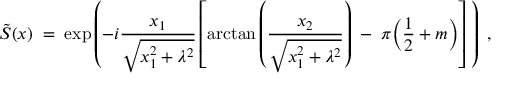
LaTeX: \tilde { S } ( x ) \; = \; \exp \left( - i \frac { x _ { 1 } } { \sqrt { x _ { 1 } ^ { 2 } + \lambda ^ { 2 } } } \left[ \mathrm { a r c t a n } \left( \frac { x _ { 2 } } { \sqrt { x _ { 1 } ^ { 2 } + \lambda ^ { 2 } } } \right) \; - \; \pi \Big ( \frac { 1 } { 2 } + m \Big ) \right] \; \right) \; ,